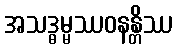
အသဒ္ဓမ္မဿဝနန္တိဿ